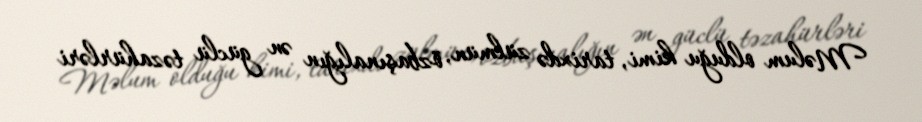
Məlum olduğu kimi, tarixdə zülmün, özbaşınalığın ən güclü təzahürləri